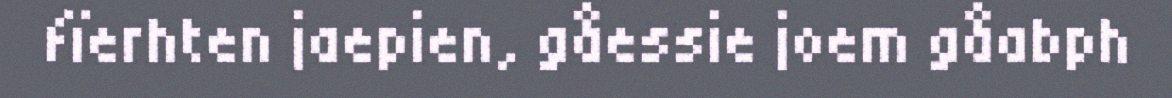
fïerhten jaepien, gåessie joem gåabph